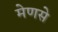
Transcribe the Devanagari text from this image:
मेणसे